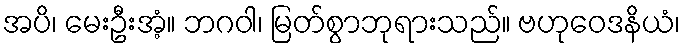
အပိ၊ မေးဦးအံ့။ ဘဂဝါ၊ မြတ်စွာဘုရားသည်။ ဗဟုဝေဒနိယံ၊